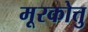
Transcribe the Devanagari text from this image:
मूरकोत्तु